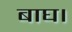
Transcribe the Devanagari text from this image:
बाघ।